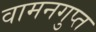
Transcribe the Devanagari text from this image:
वामनगुप्त